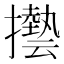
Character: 𫾓